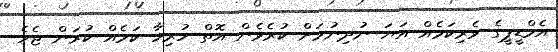
އެމްޑީޕީގެ ވެރިކަމެއް އަޔަ ނުދިނުމަށް ކުރެވެން އޮތް ހުރިހާ ކަމެއް ކުރަން ޖެހެ